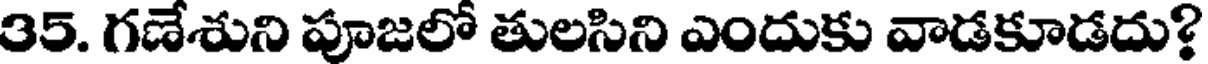
35. గణేశుని పూజలో తులసిని ఎందుకు వాడకూడదు?